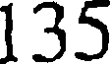
135